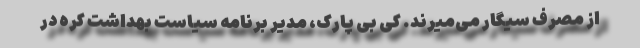
از مصرف سیگار می‌میرند. کی بی پارک، مدیر برنامه سیاست بهداشت کره در